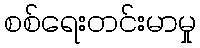
စစ်ရေးတင်းမာမှု